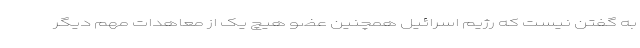
به گفتن نیست که رژیم اسرائیل همچنین عضو هیچ یک از معاهدات مهم دیگر